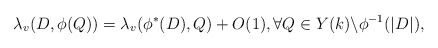
\begin{align*}\lambda_v(D, \phi(Q)) = \lambda_v(\phi^*(D), Q) + O(1), \forall Q\in Y(k)\backslash \phi^{-1}(|D|),\end{align*}